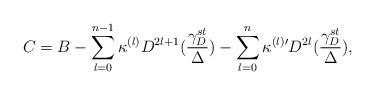
LaTeX: \begin{align*}C = B - \sum_{l=0}^{n-1}\kappa^{(l)} D^{2l+1}(\frac{\gamma_D^{st}}{\Delta}) -\sum_{l=0}^{n}\kappa^{(l) \prime }D^{2l}(\frac{\gamma_D^{st}}{\Delta}),\end{align*}